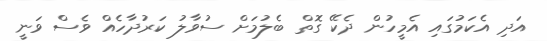
އަދި އެކަމުގައި އެމީހުން ދެކޭ ގޮތް ބެލުމަށް ސުވާލު ކަރުދާހެއް ވެސް ވަނީ